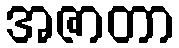
အဇာတာ